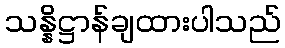
သန္နိဋ္ဌာန်ချထားပါသည်